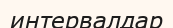
интервалдар